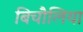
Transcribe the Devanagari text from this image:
बिचौलिया